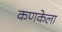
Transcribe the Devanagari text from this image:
कणकेला